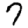
Digit: 7